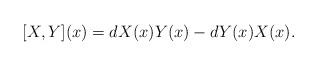
LaTeX: \begin{align*}[X,Y](x)=dX(x) Y(x) - dY(x)X(x) .\end{align*}